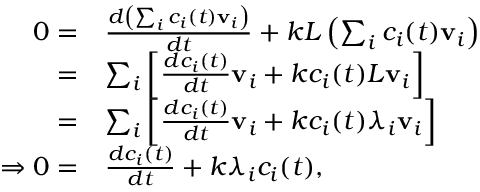
{ \begin{array} { r l } { 0 = } & { { \frac { d \left( \sum _ { i } c _ { i } ( t ) \mathbf { v } _ { i } \right) } { d t } } + k L \left( \sum _ { i } c _ { i } ( t ) \mathbf { v } _ { i } \right) } \\ { = } & { \sum _ { i } \left[ { \frac { d c _ { i } ( t ) } { d t } } \mathbf { v } _ { i } + k c _ { i } ( t ) L \mathbf { v } _ { i } \right] } \\ { = } & { \sum _ { i } \left[ { \frac { d c _ { i } ( t ) } { d t } } \mathbf { v } _ { i } + k c _ { i } ( t ) \lambda _ { i } \mathbf { v } _ { i } \right] } \\ { \Rightarrow 0 = } & { { \frac { d c _ { i } ( t ) } { d t } } + k \lambda _ { i } c _ { i } ( t ) , } \end{array} }